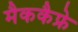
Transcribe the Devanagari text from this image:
मैककैफ्रे